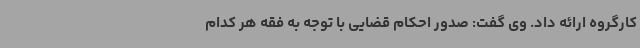
کارگروه ارائه داد. وی گفت: صدور احکام قضایی با توجه به فقه هر کدام